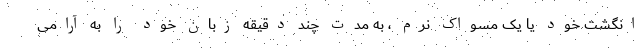
انگشت خود یا یک مسواک نرم ، به مدت چند دقیقه زبان خود را به آرامی